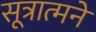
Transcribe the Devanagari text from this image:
सूत्रात्मने